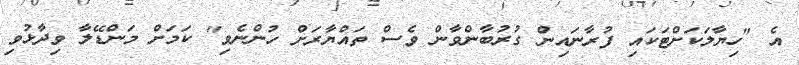
އެ "ހިޔާލަކަށްޓަކައި ފުރާނައިން ގުރުބާންވާން ވެސް ތައްޔާރަށް ހުންނެވި" ކަމަށް މަންޑޭލާ ވިދާޅުވި